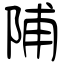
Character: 陠